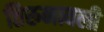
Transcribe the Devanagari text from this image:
तिरुनावली